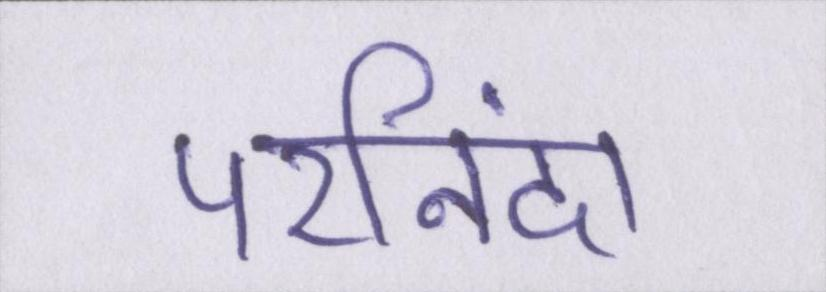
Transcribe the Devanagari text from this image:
परनिंदा